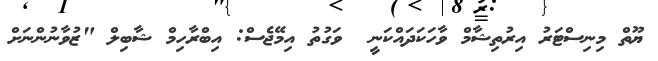
ޔޫތް މިނިސްޓަރު އިރުތިޝާމް ވާހަކަދައްކަނީ  ވަގުތު އިމޭޖެސް: އިބްރާހިމް ޝާބިލް "ޒުވާނުންނަށް